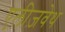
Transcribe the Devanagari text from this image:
एलीज़वेथ